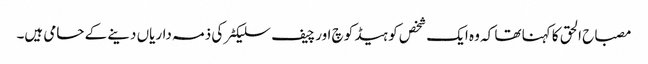
مصباح الحق کا کہنا تھا کہ وہ ایک شخص کو ہیڈ کوچ اور چیف سلیکٹر کی ذمہ داریاں دینے کے حامی ہیں۔